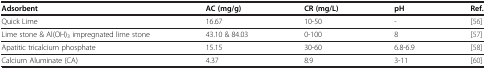
<table><thead><tr><td><b>Adsorbent</b></td><td><b>AC (mg/g)</b></td><td><b>CR (mg/L)</b></td><td><b>pH</b></td><td><b>Ref.</b></td></tr></thead><tbody><tr><td>Quick Lime</td><td>16.67</td><td>10-50</td><td>-</td><td>[56]</td></tr><tr><td>Lime stone &amp; Al(OH)<sub>3</sub> impregnated lime stone</td><td>43.10 &amp; 84.03</td><td>0-100</td><td>8</td><td>[57]</td></tr><tr><td>Apatitic tricalcium phosphate</td><td>15.15</td><td>30-60</td><td>6.8-6.9</td><td>[58]</td></tr><tr><td>Calcium Aluminate (CA)</td><td>4.37</td><td>8.9</td><td>3-11</td><td>[60]</td></tr></tbody></table>